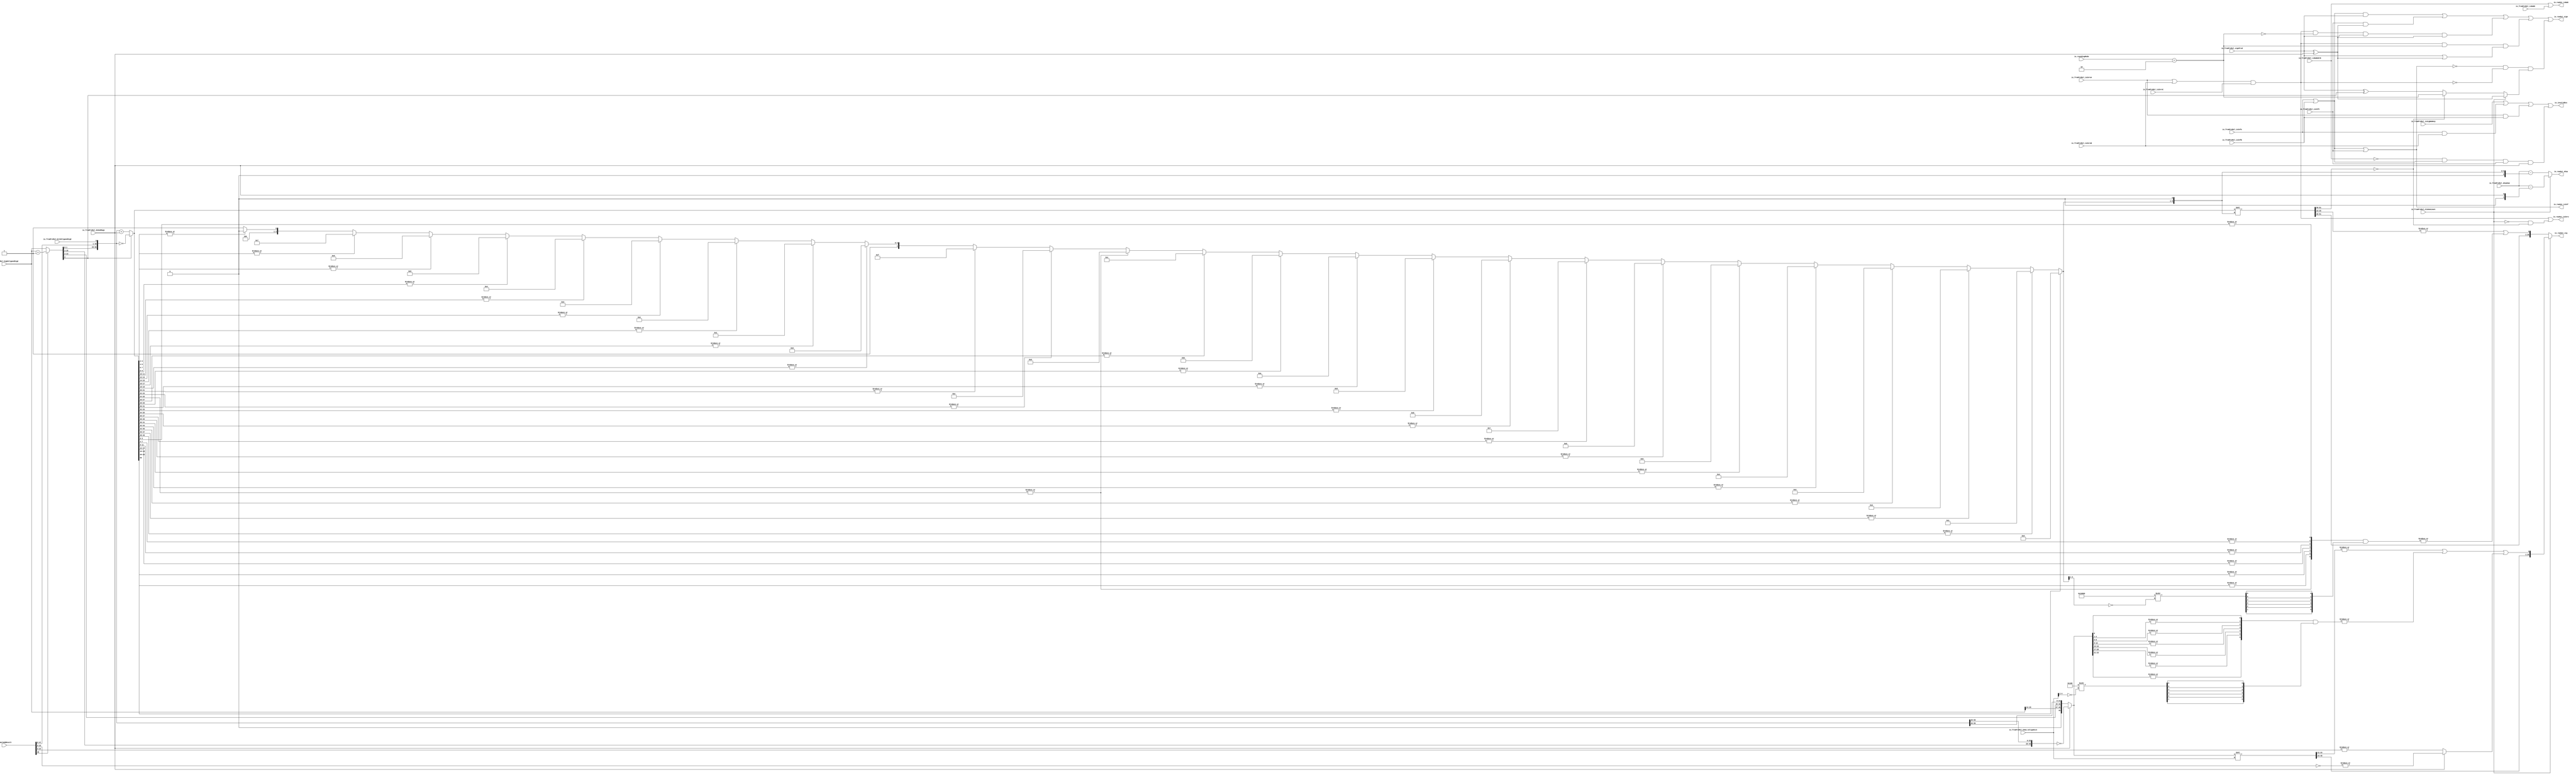
module MulAddRecFNToRaw_postMul( // @[:freechips.rocketchip.system.DefaultRV32Config.fir@210920.2]
  input         io_fromPreMul_isSigNaNAny, // @[:freechips.rocketchip.system.DefaultRV32Config.fir@210921.4]
  input         io_fromPreMul_isNaNAOrB, // @[:freechips.rocketchip.system.DefaultRV32Config.fir@210921.4]
  input         io_fromPreMul_isInfA, // @[:freechips.rocketchip.system.DefaultRV32Config.fir@210921.4]
  input         io_fromPreMul_isZeroA, // @[:freechips.rocketchip.system.DefaultRV32Config.fir@210921.4]
  input         io_fromPreMul_isInfB, // @[:freechips.rocketchip.system.DefaultRV32Config.fir@210921.4]
  input         io_fromPreMul_isZeroB, // @[:freechips.rocketchip.system.DefaultRV32Config.fir@210921.4]
  input         io_fromPreMul_signProd, // @[:freechips.rocketchip.system.DefaultRV32Config.fir@210921.4]
  input         io_fromPreMul_isNaNC, // @[:freechips.rocketchip.system.DefaultRV32Config.fir@210921.4]
  input         io_fromPreMul_isInfC, // @[:freechips.rocketchip.system.DefaultRV32Config.fir@210921.4]
  input         io_fromPreMul_isZeroC, // @[:freechips.rocketchip.system.DefaultRV32Config.fir@210921.4]
  input  [9:0]  io_fromPreMul_sExpSum, // @[:freechips.rocketchip.system.DefaultRV32Config.fir@210921.4]
  input         io_fromPreMul_doSubMags, // @[:freechips.rocketchip.system.DefaultRV32Config.fir@210921.4]
  input         io_fromPreMul_CIsDominant, // @[:freechips.rocketchip.system.DefaultRV32Config.fir@210921.4]
  input  [4:0]  io_fromPreMul_CDom_CAlignDist, // @[:freechips.rocketchip.system.DefaultRV32Config.fir@210921.4]
  input  [25:0] io_fromPreMul_highAlignedSigC, // @[:freechips.rocketchip.system.DefaultRV32Config.fir@210921.4]
  input         io_fromPreMul_bit0AlignedSigC, // @[:freechips.rocketchip.system.DefaultRV32Config.fir@210921.4]
  input  [48:0] io_mulAddResult, // @[:freechips.rocketchip.system.DefaultRV32Config.fir@210921.4]
  input  [2:0]  io_roundingMode, // @[:freechips.rocketchip.system.DefaultRV32Config.fir@210921.4]
  output        io_invalidExc, // @[:freechips.rocketchip.system.DefaultRV32Config.fir@210921.4]
  output        io_rawOut_isNaN, // @[:freechips.rocketchip.system.DefaultRV32Config.fir@210921.4]
  output        io_rawOut_isInf, // @[:freechips.rocketchip.system.DefaultRV32Config.fir@210921.4]
  output        io_rawOut_isZero, // @[:freechips.rocketchip.system.DefaultRV32Config.fir@210921.4]
  output        io_rawOut_sign, // @[:freechips.rocketchip.system.DefaultRV32Config.fir@210921.4]
  output [9:0]  io_rawOut_sExp, // @[:freechips.rocketchip.system.DefaultRV32Config.fir@210921.4]
  output [26:0] io_rawOut_sig // @[:freechips.rocketchip.system.DefaultRV32Config.fir@210921.4]
);
  wire  roundingMode_min; // @[MulAddRecFN.scala 188:45:freechips.rocketchip.system.DefaultRV32Config.fir@210924.4]
  wire  CDom_sign; // @[MulAddRecFN.scala 192:42:freechips.rocketchip.system.DefaultRV32Config.fir@210925.4]
  wire [25:0] _T_2; // @[MulAddRecFN.scala 195:47:freechips.rocketchip.system.DefaultRV32Config.fir@210928.4]
  wire [25:0] _T_3; // @[MulAddRecFN.scala 194:16:freechips.rocketchip.system.DefaultRV32Config.fir@210929.4]
  wire [74:0] sigSum; // @[Cat.scala 29:58:freechips.rocketchip.system.DefaultRV32Config.fir@210932.4]
  wire [1:0] _T_6; // @[MulAddRecFN.scala 205:69:freechips.rocketchip.system.DefaultRV32Config.fir@210933.4]
  wire [9:0] _GEN_0; // @[MulAddRecFN.scala 205:43:freechips.rocketchip.system.DefaultRV32Config.fir@210934.4]
  wire [9:0] CDom_sExp; // @[MulAddRecFN.scala 205:43:freechips.rocketchip.system.DefaultRV32Config.fir@210936.4]
  wire [49:0] _T_10; // @[MulAddRecFN.scala 208:13:freechips.rocketchip.system.DefaultRV32Config.fir@210938.4]
  wire [49:0] _T_14; // @[Cat.scala 29:58:freechips.rocketchip.system.DefaultRV32Config.fir@210942.4]
  wire [49:0] CDom_absSigSum; // @[MulAddRecFN.scala 207:12:freechips.rocketchip.system.DefaultRV32Config.fir@210943.4]
  wire [23:0] _T_16; // @[MulAddRecFN.scala 217:14:freechips.rocketchip.system.DefaultRV32Config.fir@210945.4]
  wire  _T_17; // @[MulAddRecFN.scala 217:36:freechips.rocketchip.system.DefaultRV32Config.fir@210946.4]
  wire  _T_19; // @[MulAddRecFN.scala 218:37:freechips.rocketchip.system.DefaultRV32Config.fir@210948.4]
  wire  CDom_absSigSumExtra; // @[MulAddRecFN.scala 216:12:freechips.rocketchip.system.DefaultRV32Config.fir@210949.4]
  wire [80:0] _GEN_1; // @[MulAddRecFN.scala 221:24:freechips.rocketchip.system.DefaultRV32Config.fir@210950.4]
  wire [80:0] _T_20; // @[MulAddRecFN.scala 221:24:freechips.rocketchip.system.DefaultRV32Config.fir@210950.4]
  wire [28:0] CDom_mainSig; // @[MulAddRecFN.scala 221:56:freechips.rocketchip.system.DefaultRV32Config.fir@210951.4]
  wire [26:0] _T_22; // @[MulAddRecFN.scala 224:53:freechips.rocketchip.system.DefaultRV32Config.fir@210953.4]
  wire  _T_25; // @[primitives.scala 121:54:freechips.rocketchip.system.DefaultRV32Config.fir@210957.4]
  wire  _T_27; // @[primitives.scala 121:54:freechips.rocketchip.system.DefaultRV32Config.fir@210960.4]
  wire  _T_29; // @[primitives.scala 121:54:freechips.rocketchip.system.DefaultRV32Config.fir@210963.4]
  wire  _T_31; // @[primitives.scala 121:54:freechips.rocketchip.system.DefaultRV32Config.fir@210966.4]
  wire  _T_33; // @[primitives.scala 121:54:freechips.rocketchip.system.DefaultRV32Config.fir@210969.4]
  wire  _T_35; // @[primitives.scala 121:54:freechips.rocketchip.system.DefaultRV32Config.fir@210972.4]
  wire  _T_37; // @[primitives.scala 124:57:freechips.rocketchip.system.DefaultRV32Config.fir@210975.4]
  wire [6:0] _T_43; // @[primitives.scala 125:20:freechips.rocketchip.system.DefaultRV32Config.fir@210982.4]
  wire [2:0] _T_45; // @[primitives.scala 51:21:freechips.rocketchip.system.DefaultRV32Config.fir@210984.4]
  wire [8:0] _T_46; // @[primitives.scala 77:58:freechips.rocketchip.system.DefaultRV32Config.fir@210985.4]
  wire [5:0] _T_62; // @[Cat.scala 29:58:freechips.rocketchip.system.DefaultRV32Config.fir@211001.4]
  wire [6:0] _GEN_2; // @[MulAddRecFN.scala 224:72:freechips.rocketchip.system.DefaultRV32Config.fir@211002.4]
  wire [6:0] _T_63; // @[MulAddRecFN.scala 224:72:freechips.rocketchip.system.DefaultRV32Config.fir@211002.4]
  wire  CDom_reduced4SigExtra; // @[MulAddRecFN.scala 225:73:freechips.rocketchip.system.DefaultRV32Config.fir@211003.4]
  wire  _T_66; // @[MulAddRecFN.scala 228:32:freechips.rocketchip.system.DefaultRV32Config.fir@211006.4]
  wire  _T_67; // @[MulAddRecFN.scala 228:36:freechips.rocketchip.system.DefaultRV32Config.fir@211007.4]
  wire  _T_68; // @[MulAddRecFN.scala 228:61:freechips.rocketchip.system.DefaultRV32Config.fir@211008.4]
  wire [26:0] CDom_sig; // @[Cat.scala 29:58:freechips.rocketchip.system.DefaultRV32Config.fir@211009.4]
  wire  notCDom_signSigSum; // @[MulAddRecFN.scala 234:36:freechips.rocketchip.system.DefaultRV32Config.fir@211010.4]
  wire [50:0] _T_70; // @[MulAddRecFN.scala 237:13:freechips.rocketchip.system.DefaultRV32Config.fir@211012.4]
  wire [50:0] _GEN_3; // @[MulAddRecFN.scala 238:41:freechips.rocketchip.system.DefaultRV32Config.fir@211014.4]
  wire [50:0] _T_73; // @[MulAddRecFN.scala 238:41:freechips.rocketchip.system.DefaultRV32Config.fir@211015.4]
  wire [50:0] notCDom_absSigSum; // @[MulAddRecFN.scala 236:12:freechips.rocketchip.system.DefaultRV32Config.fir@211016.4]
  wire  _T_76; // @[primitives.scala 104:54:freechips.rocketchip.system.DefaultRV32Config.fir@211020.4]
  wire  _T_78; // @[primitives.scala 104:54:freechips.rocketchip.system.DefaultRV32Config.fir@211023.4]
  wire  _T_80; // @[primitives.scala 104:54:freechips.rocketchip.system.DefaultRV32Config.fir@211026.4]
  wire  _T_82; // @[primitives.scala 104:54:freechips.rocketchip.system.DefaultRV32Config.fir@211029.4]
  wire  _T_84; // @[primitives.scala 104:54:freechips.rocketchip.system.DefaultRV32Config.fir@211032.4]
  wire  _T_86; // @[primitives.scala 104:54:freechips.rocketchip.system.DefaultRV32Config.fir@211035.4]
  wire  _T_88; // @[primitives.scala 104:54:freechips.rocketchip.system.DefaultRV32Config.fir@211038.4]
  wire  _T_90; // @[primitives.scala 104:54:freechips.rocketchip.system.DefaultRV32Config.fir@211041.4]
  wire  _T_92; // @[primitives.scala 104:54:freechips.rocketchip.system.DefaultRV32Config.fir@211044.4]
  wire  _T_94; // @[primitives.scala 104:54:freechips.rocketchip.system.DefaultRV32Config.fir@211047.4]
  wire  _T_96; // @[primitives.scala 104:54:freechips.rocketchip.system.DefaultRV32Config.fir@211050.4]
  wire  _T_98; // @[primitives.scala 104:54:freechips.rocketchip.system.DefaultRV32Config.fir@211053.4]
  wire  _T_100; // @[primitives.scala 104:54:freechips.rocketchip.system.DefaultRV32Config.fir@211056.4]
  wire  _T_102; // @[primitives.scala 104:54:freechips.rocketchip.system.DefaultRV32Config.fir@211059.4]
  wire  _T_104; // @[primitives.scala 104:54:freechips.rocketchip.system.DefaultRV32Config.fir@211062.4]
  wire  _T_106; // @[primitives.scala 104:54:freechips.rocketchip.system.DefaultRV32Config.fir@211065.4]
  wire  _T_108; // @[primitives.scala 104:54:freechips.rocketchip.system.DefaultRV32Config.fir@211068.4]
  wire  _T_110; // @[primitives.scala 104:54:freechips.rocketchip.system.DefaultRV32Config.fir@211071.4]
  wire  _T_112; // @[primitives.scala 104:54:freechips.rocketchip.system.DefaultRV32Config.fir@211074.4]
  wire  _T_114; // @[primitives.scala 104:54:freechips.rocketchip.system.DefaultRV32Config.fir@211077.4]
  wire  _T_116; // @[primitives.scala 104:54:freechips.rocketchip.system.DefaultRV32Config.fir@211080.4]
  wire  _T_118; // @[primitives.scala 104:54:freechips.rocketchip.system.DefaultRV32Config.fir@211083.4]
  wire  _T_120; // @[primitives.scala 104:54:freechips.rocketchip.system.DefaultRV32Config.fir@211086.4]
  wire  _T_122; // @[primitives.scala 104:54:freechips.rocketchip.system.DefaultRV32Config.fir@211089.4]
  wire  _T_124; // @[primitives.scala 104:54:freechips.rocketchip.system.DefaultRV32Config.fir@211092.4]
  wire  _T_126; // @[primitives.scala 107:57:freechips.rocketchip.system.DefaultRV32Config.fir@211095.4]
  wire [5:0] _T_131; // @[primitives.scala 108:20:freechips.rocketchip.system.DefaultRV32Config.fir@211101.4]
  wire [12:0] _T_138; // @[primitives.scala 108:20:freechips.rocketchip.system.DefaultRV32Config.fir@211108.4]
  wire [5:0] _T_143; // @[primitives.scala 108:20:freechips.rocketchip.system.DefaultRV32Config.fir@211113.4]
  wire [25:0] notCDom_reduced2AbsSigSum; // @[primitives.scala 108:20:freechips.rocketchip.system.DefaultRV32Config.fir@211121.4]
  wire [4:0] _T_177; // @[Mux.scala 47:69:freechips.rocketchip.system.DefaultRV32Config.fir@211148.4]
  wire [4:0] _T_178; // @[Mux.scala 47:69:freechips.rocketchip.system.DefaultRV32Config.fir@211149.4]
  wire [4:0] _T_179; // @[Mux.scala 47:69:freechips.rocketchip.system.DefaultRV32Config.fir@211150.4]
  wire [4:0] _T_180; // @[Mux.scala 47:69:freechips.rocketchip.system.DefaultRV32Config.fir@211151.4]
  wire [4:0] _T_181; // @[Mux.scala 47:69:freechips.rocketchip.system.DefaultRV32Config.fir@211152.4]
  wire [4:0] _T_182; // @[Mux.scala 47:69:freechips.rocketchip.system.DefaultRV32Config.fir@211153.4]
  wire [4:0] _T_183; // @[Mux.scala 47:69:freechips.rocketchip.system.DefaultRV32Config.fir@211154.4]
  wire [4:0] _T_184; // @[Mux.scala 47:69:freechips.rocketchip.system.DefaultRV32Config.fir@211155.4]
  wire [4:0] _T_185; // @[Mux.scala 47:69:freechips.rocketchip.system.DefaultRV32Config.fir@211156.4]
  wire [4:0] _T_186; // @[Mux.scala 47:69:freechips.rocketchip.system.DefaultRV32Config.fir@211157.4]
  wire [4:0] _T_187; // @[Mux.scala 47:69:freechips.rocketchip.system.DefaultRV32Config.fir@211158.4]
  wire [4:0] _T_188; // @[Mux.scala 47:69:freechips.rocketchip.system.DefaultRV32Config.fir@211159.4]
  wire [4:0] _T_189; // @[Mux.scala 47:69:freechips.rocketchip.system.DefaultRV32Config.fir@211160.4]
  wire [4:0] _T_190; // @[Mux.scala 47:69:freechips.rocketchip.system.DefaultRV32Config.fir@211161.4]
  wire [4:0] _T_191; // @[Mux.scala 47:69:freechips.rocketchip.system.DefaultRV32Config.fir@211162.4]
  wire [4:0] _T_192; // @[Mux.scala 47:69:freechips.rocketchip.system.DefaultRV32Config.fir@211163.4]
  wire [4:0] _T_193; // @[Mux.scala 47:69:freechips.rocketchip.system.DefaultRV32Config.fir@211164.4]
  wire [4:0] _T_194; // @[Mux.scala 47:69:freechips.rocketchip.system.DefaultRV32Config.fir@211165.4]
  wire [4:0] _T_195; // @[Mux.scala 47:69:freechips.rocketchip.system.DefaultRV32Config.fir@211166.4]
  wire [4:0] _T_196; // @[Mux.scala 47:69:freechips.rocketchip.system.DefaultRV32Config.fir@211167.4]
  wire [4:0] _T_197; // @[Mux.scala 47:69:freechips.rocketchip.system.DefaultRV32Config.fir@211168.4]
  wire [4:0] _T_198; // @[Mux.scala 47:69:freechips.rocketchip.system.DefaultRV32Config.fir@211169.4]
  wire [4:0] _T_199; // @[Mux.scala 47:69:freechips.rocketchip.system.DefaultRV32Config.fir@211170.4]
  wire [4:0] _T_200; // @[Mux.scala 47:69:freechips.rocketchip.system.DefaultRV32Config.fir@211171.4]
  wire [4:0] notCDom_normDistReduced2; // @[Mux.scala 47:69:freechips.rocketchip.system.DefaultRV32Config.fir@211172.4]
  wire [5:0] notCDom_nearNormDist; // @[MulAddRecFN.scala 242:56:freechips.rocketchip.system.DefaultRV32Config.fir@211173.4]
  wire [6:0] _T_201; // @[MulAddRecFN.scala 243:69:freechips.rocketchip.system.DefaultRV32Config.fir@211174.4]
  wire [9:0] _GEN_4; // @[MulAddRecFN.scala 243:46:freechips.rocketchip.system.DefaultRV32Config.fir@211175.4]
  wire [9:0] notCDom_sExp; // @[MulAddRecFN.scala 243:46:freechips.rocketchip.system.DefaultRV32Config.fir@211177.4]
  wire [113:0] _GEN_5; // @[MulAddRecFN.scala 245:27:freechips.rocketchip.system.DefaultRV32Config.fir@211178.4]
  wire [113:0] _T_204; // @[MulAddRecFN.scala 245:27:freechips.rocketchip.system.DefaultRV32Config.fir@211178.4]
  wire [28:0] notCDom_mainSig; // @[MulAddRecFN.scala 245:50:freechips.rocketchip.system.DefaultRV32Config.fir@211179.4]
  wire  _T_209; // @[primitives.scala 104:54:freechips.rocketchip.system.DefaultRV32Config.fir@211185.4]
  wire  _T_211; // @[primitives.scala 104:54:freechips.rocketchip.system.DefaultRV32Config.fir@211188.4]
  wire  _T_213; // @[primitives.scala 104:54:freechips.rocketchip.system.DefaultRV32Config.fir@211191.4]
  wire  _T_215; // @[primitives.scala 104:54:freechips.rocketchip.system.DefaultRV32Config.fir@211194.4]
  wire  _T_217; // @[primitives.scala 104:54:freechips.rocketchip.system.DefaultRV32Config.fir@211197.4]
  wire  _T_219; // @[primitives.scala 104:54:freechips.rocketchip.system.DefaultRV32Config.fir@211200.4]
  wire  _T_221; // @[primitives.scala 107:57:freechips.rocketchip.system.DefaultRV32Config.fir@211203.4]
  wire [6:0] _T_227; // @[primitives.scala 108:20:freechips.rocketchip.system.DefaultRV32Config.fir@211210.4]
  wire [3:0] _T_229; // @[primitives.scala 51:21:freechips.rocketchip.system.DefaultRV32Config.fir@211212.4]
  wire [16:0] _T_230; // @[primitives.scala 77:58:freechips.rocketchip.system.DefaultRV32Config.fir@211213.4]
  wire [5:0] _T_246; // @[Cat.scala 29:58:freechips.rocketchip.system.DefaultRV32Config.fir@211229.4]
  wire [6:0] _GEN_6; // @[MulAddRecFN.scala 249:78:freechips.rocketchip.system.DefaultRV32Config.fir@211230.4]
  wire [6:0] _T_247; // @[MulAddRecFN.scala 249:78:freechips.rocketchip.system.DefaultRV32Config.fir@211230.4]
  wire  notCDom_reduced4SigExtra; // @[MulAddRecFN.scala 251:11:freechips.rocketchip.system.DefaultRV32Config.fir@211231.4]
  wire  _T_250; // @[MulAddRecFN.scala 254:35:freechips.rocketchip.system.DefaultRV32Config.fir@211234.4]
  wire  _T_251; // @[MulAddRecFN.scala 254:39:freechips.rocketchip.system.DefaultRV32Config.fir@211235.4]
  wire [26:0] notCDom_sig; // @[Cat.scala 29:58:freechips.rocketchip.system.DefaultRV32Config.fir@211236.4]
  wire  notCDom_completeCancellation; // @[MulAddRecFN.scala 257:50:freechips.rocketchip.system.DefaultRV32Config.fir@211238.4]
  wire  _T_253; // @[MulAddRecFN.scala 261:36:freechips.rocketchip.system.DefaultRV32Config.fir@211239.4]
  wire  notCDom_sign; // @[MulAddRecFN.scala 259:12:freechips.rocketchip.system.DefaultRV32Config.fir@211240.4]
  wire  notNaN_isInfProd; // @[MulAddRecFN.scala 266:49:freechips.rocketchip.system.DefaultRV32Config.fir@211241.4]
  wire  notNaN_isInfOut; // @[MulAddRecFN.scala 267:44:freechips.rocketchip.system.DefaultRV32Config.fir@211242.4]
  wire  _T_254; // @[MulAddRecFN.scala 269:32:freechips.rocketchip.system.DefaultRV32Config.fir@211243.4]
  wire  notNaN_addZeros; // @[MulAddRecFN.scala 269:58:freechips.rocketchip.system.DefaultRV32Config.fir@211244.4]
  wire  _T_255; // @[MulAddRecFN.scala 274:31:freechips.rocketchip.system.DefaultRV32Config.fir@211245.4]
  wire  _T_256; // @[MulAddRecFN.scala 273:35:freechips.rocketchip.system.DefaultRV32Config.fir@211246.4]
  wire  _T_257; // @[MulAddRecFN.scala 275:32:freechips.rocketchip.system.DefaultRV32Config.fir@211247.4]
  wire  _T_258; // @[MulAddRecFN.scala 274:57:freechips.rocketchip.system.DefaultRV32Config.fir@211248.4]
  wire  _T_259; // @[MulAddRecFN.scala 276:10:freechips.rocketchip.system.DefaultRV32Config.fir@211249.4]
  wire  _T_261; // @[MulAddRecFN.scala 276:36:freechips.rocketchip.system.DefaultRV32Config.fir@211251.4]
  wire  _T_262; // @[MulAddRecFN.scala 277:61:freechips.rocketchip.system.DefaultRV32Config.fir@211252.4]
  wire  _T_263; // @[MulAddRecFN.scala 278:35:freechips.rocketchip.system.DefaultRV32Config.fir@211253.4]
  wire  _T_266; // @[MulAddRecFN.scala 285:14:freechips.rocketchip.system.DefaultRV32Config.fir@211259.4]
  wire  _T_267; // @[MulAddRecFN.scala 285:42:freechips.rocketchip.system.DefaultRV32Config.fir@211260.4]
  wire  _T_269; // @[MulAddRecFN.scala 287:27:freechips.rocketchip.system.DefaultRV32Config.fir@211263.4]
  wire  _T_270; // @[MulAddRecFN.scala 288:31:freechips.rocketchip.system.DefaultRV32Config.fir@211264.4]
  wire  _T_271; // @[MulAddRecFN.scala 287:54:freechips.rocketchip.system.DefaultRV32Config.fir@211265.4]
  wire  _T_272; // @[MulAddRecFN.scala 289:29:freechips.rocketchip.system.DefaultRV32Config.fir@211266.4]
  wire  _T_273; // @[MulAddRecFN.scala 289:26:freechips.rocketchip.system.DefaultRV32Config.fir@211267.4]
  wire  _T_274; // @[MulAddRecFN.scala 289:48:freechips.rocketchip.system.DefaultRV32Config.fir@211268.4]
  wire  _T_275; // @[MulAddRecFN.scala 290:36:freechips.rocketchip.system.DefaultRV32Config.fir@211269.4]
  wire  _T_276; // @[MulAddRecFN.scala 288:43:freechips.rocketchip.system.DefaultRV32Config.fir@211270.4]
  wire  _T_277; // @[MulAddRecFN.scala 291:26:freechips.rocketchip.system.DefaultRV32Config.fir@211271.4]
  wire  _T_278; // @[MulAddRecFN.scala 292:37:freechips.rocketchip.system.DefaultRV32Config.fir@211272.4]
  wire  _T_279; // @[MulAddRecFN.scala 291:46:freechips.rocketchip.system.DefaultRV32Config.fir@211273.4]
  wire  _T_280; // @[MulAddRecFN.scala 290:48:freechips.rocketchip.system.DefaultRV32Config.fir@211274.4]
  wire  _T_281; // @[MulAddRecFN.scala 293:10:freechips.rocketchip.system.DefaultRV32Config.fir@211275.4]
  wire  _T_282; // @[MulAddRecFN.scala 293:31:freechips.rocketchip.system.DefaultRV32Config.fir@211276.4]
  wire  _T_283; // @[MulAddRecFN.scala 293:28:freechips.rocketchip.system.DefaultRV32Config.fir@211277.4]
  wire  _T_284; // @[MulAddRecFN.scala 294:17:freechips.rocketchip.system.DefaultRV32Config.fir@211278.4]
  wire  _T_285; // @[MulAddRecFN.scala 293:49:freechips.rocketchip.system.DefaultRV32Config.fir@211279.4]
  assign roundingMode_min = io_roundingMode == 3'h2; // @[MulAddRecFN.scala 188:45:freechips.rocketchip.system.DefaultRV32Config.fir@210924.4]
  assign CDom_sign = io_fromPreMul_signProd ^ io_fromPreMul_doSubMags; // @[MulAddRecFN.scala 192:42:freechips.rocketchip.system.DefaultRV32Config.fir@210925.4]
  assign _T_2 = io_fromPreMul_highAlignedSigC + 26'h1; // @[MulAddRecFN.scala 195:47:freechips.rocketchip.system.DefaultRV32Config.fir@210928.4]
  assign _T_3 = io_mulAddResult[48] ? _T_2 : io_fromPreMul_highAlignedSigC; // @[MulAddRecFN.scala 194:16:freechips.rocketchip.system.DefaultRV32Config.fir@210929.4]
  assign sigSum = {_T_3,io_mulAddResult[47:0],io_fromPreMul_bit0AlignedSigC}; // @[Cat.scala 29:58:freechips.rocketchip.system.DefaultRV32Config.fir@210932.4]
  assign _T_6 = {1'b0,$signed(io_fromPreMul_doSubMags)}; // @[MulAddRecFN.scala 205:69:freechips.rocketchip.system.DefaultRV32Config.fir@210933.4]
  assign _GEN_0 = {{8{_T_6[1]}},_T_6}; // @[MulAddRecFN.scala 205:43:freechips.rocketchip.system.DefaultRV32Config.fir@210934.4]
  assign CDom_sExp = $signed(io_fromPreMul_sExpSum) - $signed(_GEN_0); // @[MulAddRecFN.scala 205:43:freechips.rocketchip.system.DefaultRV32Config.fir@210936.4]
  assign _T_10 = ~sigSum[74:25]; // @[MulAddRecFN.scala 208:13:freechips.rocketchip.system.DefaultRV32Config.fir@210938.4]
  assign _T_14 = {1'h0,io_fromPreMul_highAlignedSigC[25:24],sigSum[72:26]}; // @[Cat.scala 29:58:freechips.rocketchip.system.DefaultRV32Config.fir@210942.4]
  assign CDom_absSigSum = io_fromPreMul_doSubMags ? _T_10 : _T_14; // @[MulAddRecFN.scala 207:12:freechips.rocketchip.system.DefaultRV32Config.fir@210943.4]
  assign _T_16 = ~sigSum[24:1]; // @[MulAddRecFN.scala 217:14:freechips.rocketchip.system.DefaultRV32Config.fir@210945.4]
  assign _T_17 = |_T_16; // @[MulAddRecFN.scala 217:36:freechips.rocketchip.system.DefaultRV32Config.fir@210946.4]
  assign _T_19 = |sigSum[25:1]; // @[MulAddRecFN.scala 218:37:freechips.rocketchip.system.DefaultRV32Config.fir@210948.4]
  assign CDom_absSigSumExtra = io_fromPreMul_doSubMags ? _T_17 : _T_19; // @[MulAddRecFN.scala 216:12:freechips.rocketchip.system.DefaultRV32Config.fir@210949.4]
  assign _GEN_1 = {{31'd0}, CDom_absSigSum}; // @[MulAddRecFN.scala 221:24:freechips.rocketchip.system.DefaultRV32Config.fir@210950.4]
  assign _T_20 = _GEN_1 << io_fromPreMul_CDom_CAlignDist; // @[MulAddRecFN.scala 221:24:freechips.rocketchip.system.DefaultRV32Config.fir@210950.4]
  assign CDom_mainSig = _T_20[49:21]; // @[MulAddRecFN.scala 221:56:freechips.rocketchip.system.DefaultRV32Config.fir@210951.4]
  assign _T_22 = {CDom_absSigSum[23:0], 3'h0}; // @[MulAddRecFN.scala 224:53:freechips.rocketchip.system.DefaultRV32Config.fir@210953.4]
  assign _T_25 = |_T_22[3:0]; // @[primitives.scala 121:54:freechips.rocketchip.system.DefaultRV32Config.fir@210957.4]
  assign _T_27 = |_T_22[7:4]; // @[primitives.scala 121:54:freechips.rocketchip.system.DefaultRV32Config.fir@210960.4]
  assign _T_29 = |_T_22[11:8]; // @[primitives.scala 121:54:freechips.rocketchip.system.DefaultRV32Config.fir@210963.4]
  assign _T_31 = |_T_22[15:12]; // @[primitives.scala 121:54:freechips.rocketchip.system.DefaultRV32Config.fir@210966.4]
  assign _T_33 = |_T_22[19:16]; // @[primitives.scala 121:54:freechips.rocketchip.system.DefaultRV32Config.fir@210969.4]
  assign _T_35 = |_T_22[23:20]; // @[primitives.scala 121:54:freechips.rocketchip.system.DefaultRV32Config.fir@210972.4]
  assign _T_37 = |_T_22[26:24]; // @[primitives.scala 124:57:freechips.rocketchip.system.DefaultRV32Config.fir@210975.4]
  assign _T_43 = {_T_37,_T_35,_T_33,_T_31,_T_29,_T_27,_T_25}; // @[primitives.scala 125:20:freechips.rocketchip.system.DefaultRV32Config.fir@210982.4]
  assign _T_45 = ~io_fromPreMul_CDom_CAlignDist[4:2]; // @[primitives.scala 51:21:freechips.rocketchip.system.DefaultRV32Config.fir@210984.4]
  assign _T_46 = -9'sh100 >>> _T_45; // @[primitives.scala 77:58:freechips.rocketchip.system.DefaultRV32Config.fir@210985.4]
  assign _T_62 = {_T_46[1],_T_46[2],_T_46[3],_T_46[4],_T_46[5],_T_46[6]}; // @[Cat.scala 29:58:freechips.rocketchip.system.DefaultRV32Config.fir@211001.4]
  assign _GEN_2 = {{1'd0}, _T_62}; // @[MulAddRecFN.scala 224:72:freechips.rocketchip.system.DefaultRV32Config.fir@211002.4]
  assign _T_63 = _T_43 & _GEN_2; // @[MulAddRecFN.scala 224:72:freechips.rocketchip.system.DefaultRV32Config.fir@211002.4]
  assign CDom_reduced4SigExtra = |_T_63; // @[MulAddRecFN.scala 225:73:freechips.rocketchip.system.DefaultRV32Config.fir@211003.4]
  assign _T_66 = |CDom_mainSig[2:0]; // @[MulAddRecFN.scala 228:32:freechips.rocketchip.system.DefaultRV32Config.fir@211006.4]
  assign _T_67 = _T_66 | CDom_reduced4SigExtra; // @[MulAddRecFN.scala 228:36:freechips.rocketchip.system.DefaultRV32Config.fir@211007.4]
  assign _T_68 = _T_67 | CDom_absSigSumExtra; // @[MulAddRecFN.scala 228:61:freechips.rocketchip.system.DefaultRV32Config.fir@211008.4]
  assign CDom_sig = {CDom_mainSig[28:3],_T_68}; // @[Cat.scala 29:58:freechips.rocketchip.system.DefaultRV32Config.fir@211009.4]
  assign notCDom_signSigSum = sigSum[51]; // @[MulAddRecFN.scala 234:36:freechips.rocketchip.system.DefaultRV32Config.fir@211010.4]
  assign _T_70 = ~sigSum[50:0]; // @[MulAddRecFN.scala 237:13:freechips.rocketchip.system.DefaultRV32Config.fir@211012.4]
  assign _GEN_3 = {{50'd0}, io_fromPreMul_doSubMags}; // @[MulAddRecFN.scala 238:41:freechips.rocketchip.system.DefaultRV32Config.fir@211014.4]
  assign _T_73 = sigSum[50:0] + _GEN_3; // @[MulAddRecFN.scala 238:41:freechips.rocketchip.system.DefaultRV32Config.fir@211015.4]
  assign notCDom_absSigSum = notCDom_signSigSum ? _T_70 : _T_73; // @[MulAddRecFN.scala 236:12:freechips.rocketchip.system.DefaultRV32Config.fir@211016.4]
  assign _T_76 = |notCDom_absSigSum[1:0]; // @[primitives.scala 104:54:freechips.rocketchip.system.DefaultRV32Config.fir@211020.4]
  assign _T_78 = |notCDom_absSigSum[3:2]; // @[primitives.scala 104:54:freechips.rocketchip.system.DefaultRV32Config.fir@211023.4]
  assign _T_80 = |notCDom_absSigSum[5:4]; // @[primitives.scala 104:54:freechips.rocketchip.system.DefaultRV32Config.fir@211026.4]
  assign _T_82 = |notCDom_absSigSum[7:6]; // @[primitives.scala 104:54:freechips.rocketchip.system.DefaultRV32Config.fir@211029.4]
  assign _T_84 = |notCDom_absSigSum[9:8]; // @[primitives.scala 104:54:freechips.rocketchip.system.DefaultRV32Config.fir@211032.4]
  assign _T_86 = |notCDom_absSigSum[11:10]; // @[primitives.scala 104:54:freechips.rocketchip.system.DefaultRV32Config.fir@211035.4]
  assign _T_88 = |notCDom_absSigSum[13:12]; // @[primitives.scala 104:54:freechips.rocketchip.system.DefaultRV32Config.fir@211038.4]
  assign _T_90 = |notCDom_absSigSum[15:14]; // @[primitives.scala 104:54:freechips.rocketchip.system.DefaultRV32Config.fir@211041.4]
  assign _T_92 = |notCDom_absSigSum[17:16]; // @[primitives.scala 104:54:freechips.rocketchip.system.DefaultRV32Config.fir@211044.4]
  assign _T_94 = |notCDom_absSigSum[19:18]; // @[primitives.scala 104:54:freechips.rocketchip.system.DefaultRV32Config.fir@211047.4]
  assign _T_96 = |notCDom_absSigSum[21:20]; // @[primitives.scala 104:54:freechips.rocketchip.system.DefaultRV32Config.fir@211050.4]
  assign _T_98 = |notCDom_absSigSum[23:22]; // @[primitives.scala 104:54:freechips.rocketchip.system.DefaultRV32Config.fir@211053.4]
  assign _T_100 = |notCDom_absSigSum[25:24]; // @[primitives.scala 104:54:freechips.rocketchip.system.DefaultRV32Config.fir@211056.4]
  assign _T_102 = |notCDom_absSigSum[27:26]; // @[primitives.scala 104:54:freechips.rocketchip.system.DefaultRV32Config.fir@211059.4]
  assign _T_104 = |notCDom_absSigSum[29:28]; // @[primitives.scala 104:54:freechips.rocketchip.system.DefaultRV32Config.fir@211062.4]
  assign _T_106 = |notCDom_absSigSum[31:30]; // @[primitives.scala 104:54:freechips.rocketchip.system.DefaultRV32Config.fir@211065.4]
  assign _T_108 = |notCDom_absSigSum[33:32]; // @[primitives.scala 104:54:freechips.rocketchip.system.DefaultRV32Config.fir@211068.4]
  assign _T_110 = |notCDom_absSigSum[35:34]; // @[primitives.scala 104:54:freechips.rocketchip.system.DefaultRV32Config.fir@211071.4]
  assign _T_112 = |notCDom_absSigSum[37:36]; // @[primitives.scala 104:54:freechips.rocketchip.system.DefaultRV32Config.fir@211074.4]
  assign _T_114 = |notCDom_absSigSum[39:38]; // @[primitives.scala 104:54:freechips.rocketchip.system.DefaultRV32Config.fir@211077.4]
  assign _T_116 = |notCDom_absSigSum[41:40]; // @[primitives.scala 104:54:freechips.rocketchip.system.DefaultRV32Config.fir@211080.4]
  assign _T_118 = |notCDom_absSigSum[43:42]; // @[primitives.scala 104:54:freechips.rocketchip.system.DefaultRV32Config.fir@211083.4]
  assign _T_120 = |notCDom_absSigSum[45:44]; // @[primitives.scala 104:54:freechips.rocketchip.system.DefaultRV32Config.fir@211086.4]
  assign _T_122 = |notCDom_absSigSum[47:46]; // @[primitives.scala 104:54:freechips.rocketchip.system.DefaultRV32Config.fir@211089.4]
  assign _T_124 = |notCDom_absSigSum[49:48]; // @[primitives.scala 104:54:freechips.rocketchip.system.DefaultRV32Config.fir@211092.4]
  assign _T_126 = |notCDom_absSigSum[50]; // @[primitives.scala 107:57:freechips.rocketchip.system.DefaultRV32Config.fir@211095.4]
  assign _T_131 = {_T_86,_T_84,_T_82,_T_80,_T_78,_T_76}; // @[primitives.scala 108:20:freechips.rocketchip.system.DefaultRV32Config.fir@211101.4]
  assign _T_138 = {_T_100,_T_98,_T_96,_T_94,_T_92,_T_90,_T_88,_T_131}; // @[primitives.scala 108:20:freechips.rocketchip.system.DefaultRV32Config.fir@211108.4]
  assign _T_143 = {_T_112,_T_110,_T_108,_T_106,_T_104,_T_102}; // @[primitives.scala 108:20:freechips.rocketchip.system.DefaultRV32Config.fir@211113.4]
  assign notCDom_reduced2AbsSigSum = {_T_126,_T_124,_T_122,_T_120,_T_118,_T_116,_T_114,_T_143,_T_138}; // @[primitives.scala 108:20:freechips.rocketchip.system.DefaultRV32Config.fir@211121.4]
  assign _T_177 = notCDom_reduced2AbsSigSum[1] ? 5'h18 : 5'h19; // @[Mux.scala 47:69:freechips.rocketchip.system.DefaultRV32Config.fir@211148.4]
  assign _T_178 = notCDom_reduced2AbsSigSum[2] ? 5'h17 : _T_177; // @[Mux.scala 47:69:freechips.rocketchip.system.DefaultRV32Config.fir@211149.4]
  assign _T_179 = notCDom_reduced2AbsSigSum[3] ? 5'h16 : _T_178; // @[Mux.scala 47:69:freechips.rocketchip.system.DefaultRV32Config.fir@211150.4]
  assign _T_180 = notCDom_reduced2AbsSigSum[4] ? 5'h15 : _T_179; // @[Mux.scala 47:69:freechips.rocketchip.system.DefaultRV32Config.fir@211151.4]
  assign _T_181 = notCDom_reduced2AbsSigSum[5] ? 5'h14 : _T_180; // @[Mux.scala 47:69:freechips.rocketchip.system.DefaultRV32Config.fir@211152.4]
  assign _T_182 = notCDom_reduced2AbsSigSum[6] ? 5'h13 : _T_181; // @[Mux.scala 47:69:freechips.rocketchip.system.DefaultRV32Config.fir@211153.4]
  assign _T_183 = notCDom_reduced2AbsSigSum[7] ? 5'h12 : _T_182; // @[Mux.scala 47:69:freechips.rocketchip.system.DefaultRV32Config.fir@211154.4]
  assign _T_184 = notCDom_reduced2AbsSigSum[8] ? 5'h11 : _T_183; // @[Mux.scala 47:69:freechips.rocketchip.system.DefaultRV32Config.fir@211155.4]
  assign _T_185 = notCDom_reduced2AbsSigSum[9] ? 5'h10 : _T_184; // @[Mux.scala 47:69:freechips.rocketchip.system.DefaultRV32Config.fir@211156.4]
  assign _T_186 = notCDom_reduced2AbsSigSum[10] ? 5'hf : _T_185; // @[Mux.scala 47:69:freechips.rocketchip.system.DefaultRV32Config.fir@211157.4]
  assign _T_187 = notCDom_reduced2AbsSigSum[11] ? 5'he : _T_186; // @[Mux.scala 47:69:freechips.rocketchip.system.DefaultRV32Config.fir@211158.4]
  assign _T_188 = notCDom_reduced2AbsSigSum[12] ? 5'hd : _T_187; // @[Mux.scala 47:69:freechips.rocketchip.system.DefaultRV32Config.fir@211159.4]
  assign _T_189 = notCDom_reduced2AbsSigSum[13] ? 5'hc : _T_188; // @[Mux.scala 47:69:freechips.rocketchip.system.DefaultRV32Config.fir@211160.4]
  assign _T_190 = notCDom_reduced2AbsSigSum[14] ? 5'hb : _T_189; // @[Mux.scala 47:69:freechips.rocketchip.system.DefaultRV32Config.fir@211161.4]
  assign _T_191 = notCDom_reduced2AbsSigSum[15] ? 5'ha : _T_190; // @[Mux.scala 47:69:freechips.rocketchip.system.DefaultRV32Config.fir@211162.4]
  assign _T_192 = notCDom_reduced2AbsSigSum[16] ? 5'h9 : _T_191; // @[Mux.scala 47:69:freechips.rocketchip.system.DefaultRV32Config.fir@211163.4]
  assign _T_193 = notCDom_reduced2AbsSigSum[17] ? 5'h8 : _T_192; // @[Mux.scala 47:69:freechips.rocketchip.system.DefaultRV32Config.fir@211164.4]
  assign _T_194 = notCDom_reduced2AbsSigSum[18] ? 5'h7 : _T_193; // @[Mux.scala 47:69:freechips.rocketchip.system.DefaultRV32Config.fir@211165.4]
  assign _T_195 = notCDom_reduced2AbsSigSum[19] ? 5'h6 : _T_194; // @[Mux.scala 47:69:freechips.rocketchip.system.DefaultRV32Config.fir@211166.4]
  assign _T_196 = notCDom_reduced2AbsSigSum[20] ? 5'h5 : _T_195; // @[Mux.scala 47:69:freechips.rocketchip.system.DefaultRV32Config.fir@211167.4]
  assign _T_197 = notCDom_reduced2AbsSigSum[21] ? 5'h4 : _T_196; // @[Mux.scala 47:69:freechips.rocketchip.system.DefaultRV32Config.fir@211168.4]
  assign _T_198 = notCDom_reduced2AbsSigSum[22] ? 5'h3 : _T_197; // @[Mux.scala 47:69:freechips.rocketchip.system.DefaultRV32Config.fir@211169.4]
  assign _T_199 = notCDom_reduced2AbsSigSum[23] ? 5'h2 : _T_198; // @[Mux.scala 47:69:freechips.rocketchip.system.DefaultRV32Config.fir@211170.4]
  assign _T_200 = notCDom_reduced2AbsSigSum[24] ? 5'h1 : _T_199; // @[Mux.scala 47:69:freechips.rocketchip.system.DefaultRV32Config.fir@211171.4]
  assign notCDom_normDistReduced2 = notCDom_reduced2AbsSigSum[25] ? 5'h0 : _T_200; // @[Mux.scala 47:69:freechips.rocketchip.system.DefaultRV32Config.fir@211172.4]
  assign notCDom_nearNormDist = {notCDom_normDistReduced2, 1'h0}; // @[MulAddRecFN.scala 242:56:freechips.rocketchip.system.DefaultRV32Config.fir@211173.4]
  assign _T_201 = {1'b0,$signed(notCDom_nearNormDist)}; // @[MulAddRecFN.scala 243:69:freechips.rocketchip.system.DefaultRV32Config.fir@211174.4]
  assign _GEN_4 = {{3{_T_201[6]}},_T_201}; // @[MulAddRecFN.scala 243:46:freechips.rocketchip.system.DefaultRV32Config.fir@211175.4]
  assign notCDom_sExp = $signed(io_fromPreMul_sExpSum) - $signed(_GEN_4); // @[MulAddRecFN.scala 243:46:freechips.rocketchip.system.DefaultRV32Config.fir@211177.4]
  assign _GEN_5 = {{63'd0}, notCDom_absSigSum}; // @[MulAddRecFN.scala 245:27:freechips.rocketchip.system.DefaultRV32Config.fir@211178.4]
  assign _T_204 = _GEN_5 << notCDom_nearNormDist; // @[MulAddRecFN.scala 245:27:freechips.rocketchip.system.DefaultRV32Config.fir@211178.4]
  assign notCDom_mainSig = _T_204[51:23]; // @[MulAddRecFN.scala 245:50:freechips.rocketchip.system.DefaultRV32Config.fir@211179.4]
  assign _T_209 = |notCDom_reduced2AbsSigSum[1:0]; // @[primitives.scala 104:54:freechips.rocketchip.system.DefaultRV32Config.fir@211185.4]
  assign _T_211 = |notCDom_reduced2AbsSigSum[3:2]; // @[primitives.scala 104:54:freechips.rocketchip.system.DefaultRV32Config.fir@211188.4]
  assign _T_213 = |notCDom_reduced2AbsSigSum[5:4]; // @[primitives.scala 104:54:freechips.rocketchip.system.DefaultRV32Config.fir@211191.4]
  assign _T_215 = |notCDom_reduced2AbsSigSum[7:6]; // @[primitives.scala 104:54:freechips.rocketchip.system.DefaultRV32Config.fir@211194.4]
  assign _T_217 = |notCDom_reduced2AbsSigSum[9:8]; // @[primitives.scala 104:54:freechips.rocketchip.system.DefaultRV32Config.fir@211197.4]
  assign _T_219 = |notCDom_reduced2AbsSigSum[11:10]; // @[primitives.scala 104:54:freechips.rocketchip.system.DefaultRV32Config.fir@211200.4]
  assign _T_221 = |notCDom_reduced2AbsSigSum[12]; // @[primitives.scala 107:57:freechips.rocketchip.system.DefaultRV32Config.fir@211203.4]
  assign _T_227 = {_T_221,_T_219,_T_217,_T_215,_T_213,_T_211,_T_209}; // @[primitives.scala 108:20:freechips.rocketchip.system.DefaultRV32Config.fir@211210.4]
  assign _T_229 = ~notCDom_normDistReduced2[4:1]; // @[primitives.scala 51:21:freechips.rocketchip.system.DefaultRV32Config.fir@211212.4]
  assign _T_230 = -17'sh10000 >>> _T_229; // @[primitives.scala 77:58:freechips.rocketchip.system.DefaultRV32Config.fir@211213.4]
  assign _T_246 = {_T_230[1],_T_230[2],_T_230[3],_T_230[4],_T_230[5],_T_230[6]}; // @[Cat.scala 29:58:freechips.rocketchip.system.DefaultRV32Config.fir@211229.4]
  assign _GEN_6 = {{1'd0}, _T_246}; // @[MulAddRecFN.scala 249:78:freechips.rocketchip.system.DefaultRV32Config.fir@211230.4]
  assign _T_247 = _T_227 & _GEN_6; // @[MulAddRecFN.scala 249:78:freechips.rocketchip.system.DefaultRV32Config.fir@211230.4]
  assign notCDom_reduced4SigExtra = |_T_247; // @[MulAddRecFN.scala 251:11:freechips.rocketchip.system.DefaultRV32Config.fir@211231.4]
  assign _T_250 = |notCDom_mainSig[2:0]; // @[MulAddRecFN.scala 254:35:freechips.rocketchip.system.DefaultRV32Config.fir@211234.4]
  assign _T_251 = _T_250 | notCDom_reduced4SigExtra; // @[MulAddRecFN.scala 254:39:freechips.rocketchip.system.DefaultRV32Config.fir@211235.4]
  assign notCDom_sig = {notCDom_mainSig[28:3],_T_251}; // @[Cat.scala 29:58:freechips.rocketchip.system.DefaultRV32Config.fir@211236.4]
  assign notCDom_completeCancellation = notCDom_sig[26:25] == 2'h0; // @[MulAddRecFN.scala 257:50:freechips.rocketchip.system.DefaultRV32Config.fir@211238.4]
  assign _T_253 = io_fromPreMul_signProd ^ notCDom_signSigSum; // @[MulAddRecFN.scala 261:36:freechips.rocketchip.system.DefaultRV32Config.fir@211239.4]
  assign notCDom_sign = notCDom_completeCancellation ? roundingMode_min : _T_253; // @[MulAddRecFN.scala 259:12:freechips.rocketchip.system.DefaultRV32Config.fir@211240.4]
  assign notNaN_isInfProd = io_fromPreMul_isInfA | io_fromPreMul_isInfB; // @[MulAddRecFN.scala 266:49:freechips.rocketchip.system.DefaultRV32Config.fir@211241.4]
  assign notNaN_isInfOut = notNaN_isInfProd | io_fromPreMul_isInfC; // @[MulAddRecFN.scala 267:44:freechips.rocketchip.system.DefaultRV32Config.fir@211242.4]
  assign _T_254 = io_fromPreMul_isZeroA | io_fromPreMul_isZeroB; // @[MulAddRecFN.scala 269:32:freechips.rocketchip.system.DefaultRV32Config.fir@211243.4]
  assign notNaN_addZeros = _T_254 & io_fromPreMul_isZeroC; // @[MulAddRecFN.scala 269:58:freechips.rocketchip.system.DefaultRV32Config.fir@211244.4]
  assign _T_255 = io_fromPreMul_isInfA & io_fromPreMul_isZeroB; // @[MulAddRecFN.scala 274:31:freechips.rocketchip.system.DefaultRV32Config.fir@211245.4]
  assign _T_256 = io_fromPreMul_isSigNaNAny | _T_255; // @[MulAddRecFN.scala 273:35:freechips.rocketchip.system.DefaultRV32Config.fir@211246.4]
  assign _T_257 = io_fromPreMul_isZeroA & io_fromPreMul_isInfB; // @[MulAddRecFN.scala 275:32:freechips.rocketchip.system.DefaultRV32Config.fir@211247.4]
  assign _T_258 = _T_256 | _T_257; // @[MulAddRecFN.scala 274:57:freechips.rocketchip.system.DefaultRV32Config.fir@211248.4]
  assign _T_259 = ~io_fromPreMul_isNaNAOrB; // @[MulAddRecFN.scala 276:10:freechips.rocketchip.system.DefaultRV32Config.fir@211249.4]
  assign _T_261 = _T_259 & notNaN_isInfProd; // @[MulAddRecFN.scala 276:36:freechips.rocketchip.system.DefaultRV32Config.fir@211251.4]
  assign _T_262 = _T_261 & io_fromPreMul_isInfC; // @[MulAddRecFN.scala 277:61:freechips.rocketchip.system.DefaultRV32Config.fir@211252.4]
  assign _T_263 = _T_262 & io_fromPreMul_doSubMags; // @[MulAddRecFN.scala 278:35:freechips.rocketchip.system.DefaultRV32Config.fir@211253.4]
  assign _T_266 = ~io_fromPreMul_CIsDominant; // @[MulAddRecFN.scala 285:14:freechips.rocketchip.system.DefaultRV32Config.fir@211259.4]
  assign _T_267 = _T_266 & notCDom_completeCancellation; // @[MulAddRecFN.scala 285:42:freechips.rocketchip.system.DefaultRV32Config.fir@211260.4]
  assign _T_269 = notNaN_isInfProd & io_fromPreMul_signProd; // @[MulAddRecFN.scala 287:27:freechips.rocketchip.system.DefaultRV32Config.fir@211263.4]
  assign _T_270 = io_fromPreMul_isInfC & CDom_sign; // @[MulAddRecFN.scala 288:31:freechips.rocketchip.system.DefaultRV32Config.fir@211264.4]
  assign _T_271 = _T_269 | _T_270; // @[MulAddRecFN.scala 287:54:freechips.rocketchip.system.DefaultRV32Config.fir@211265.4]
  assign _T_272 = ~roundingMode_min; // @[MulAddRecFN.scala 289:29:freechips.rocketchip.system.DefaultRV32Config.fir@211266.4]
  assign _T_273 = notNaN_addZeros & _T_272; // @[MulAddRecFN.scala 289:26:freechips.rocketchip.system.DefaultRV32Config.fir@211267.4]
  assign _T_274 = _T_273 & io_fromPreMul_signProd; // @[MulAddRecFN.scala 289:48:freechips.rocketchip.system.DefaultRV32Config.fir@211268.4]
  assign _T_275 = _T_274 & CDom_sign; // @[MulAddRecFN.scala 290:36:freechips.rocketchip.system.DefaultRV32Config.fir@211269.4]
  assign _T_276 = _T_271 | _T_275; // @[MulAddRecFN.scala 288:43:freechips.rocketchip.system.DefaultRV32Config.fir@211270.4]
  assign _T_277 = notNaN_addZeros & roundingMode_min; // @[MulAddRecFN.scala 291:26:freechips.rocketchip.system.DefaultRV32Config.fir@211271.4]
  assign _T_278 = io_fromPreMul_signProd | CDom_sign; // @[MulAddRecFN.scala 292:37:freechips.rocketchip.system.DefaultRV32Config.fir@211272.4]
  assign _T_279 = _T_277 & _T_278; // @[MulAddRecFN.scala 291:46:freechips.rocketchip.system.DefaultRV32Config.fir@211273.4]
  assign _T_280 = _T_276 | _T_279; // @[MulAddRecFN.scala 290:48:freechips.rocketchip.system.DefaultRV32Config.fir@211274.4]
  assign _T_281 = ~notNaN_isInfOut; // @[MulAddRecFN.scala 293:10:freechips.rocketchip.system.DefaultRV32Config.fir@211275.4]
  assign _T_282 = ~notNaN_addZeros; // @[MulAddRecFN.scala 293:31:freechips.rocketchip.system.DefaultRV32Config.fir@211276.4]
  assign _T_283 = _T_281 & _T_282; // @[MulAddRecFN.scala 293:28:freechips.rocketchip.system.DefaultRV32Config.fir@211277.4]
  assign _T_284 = io_fromPreMul_CIsDominant ? CDom_sign : notCDom_sign; // @[MulAddRecFN.scala 294:17:freechips.rocketchip.system.DefaultRV32Config.fir@211278.4]
  assign _T_285 = _T_283 & _T_284; // @[MulAddRecFN.scala 293:49:freechips.rocketchip.system.DefaultRV32Config.fir@211279.4]
  assign io_invalidExc = _T_258 | _T_263; // @[MulAddRecFN.scala 272:19:freechips.rocketchip.system.DefaultRV32Config.fir@211255.4]
  assign io_rawOut_isNaN = io_fromPreMul_isNaNAOrB | io_fromPreMul_isNaNC; // @[MulAddRecFN.scala 280:21:freechips.rocketchip.system.DefaultRV32Config.fir@211257.4]
  assign io_rawOut_isInf = notNaN_isInfProd | io_fromPreMul_isInfC; // @[MulAddRecFN.scala 281:21:freechips.rocketchip.system.DefaultRV32Config.fir@211258.4]
  assign io_rawOut_isZero = notNaN_addZeros | _T_267; // @[MulAddRecFN.scala 283:22:freechips.rocketchip.system.DefaultRV32Config.fir@211262.4]
  assign io_rawOut_sign = _T_280 | _T_285; // @[MulAddRecFN.scala 286:20:freechips.rocketchip.system.DefaultRV32Config.fir@211281.4]
  assign io_rawOut_sExp = io_fromPreMul_CIsDominant ? $signed(CDom_sExp) : $signed(notCDom_sExp); // @[MulAddRecFN.scala 295:20:freechips.rocketchip.system.DefaultRV32Config.fir@211283.4]
  assign io_rawOut_sig = io_fromPreMul_CIsDominant ? CDom_sig : notCDom_sig; // @[MulAddRecFN.scala 296:19:freechips.rocketchip.system.DefaultRV32Config.fir@211285.4]
endmodule